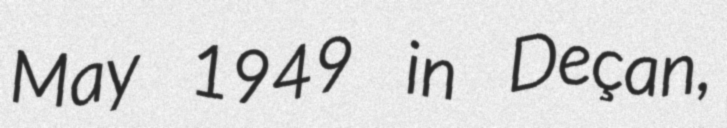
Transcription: May 1949 in Deçan,